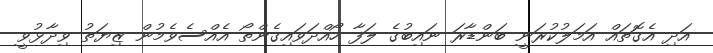
އަދި އެގޮތައް އަމަލުކުރަނީ ބަންޑާރަ ނައިބުގެ ލަފާ ހޯއްދަވައިގެންތޯ އެއްސެވެމުން ޒިޔަތު ވިދާޅުވީ